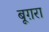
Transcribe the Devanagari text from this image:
बूग़रा